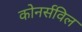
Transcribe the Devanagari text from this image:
कोनर्सविल